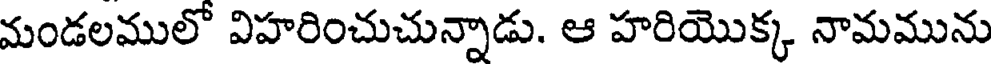
మండలములో విహరించుచున్నాడు. ఆ హరియొక్క నామమును